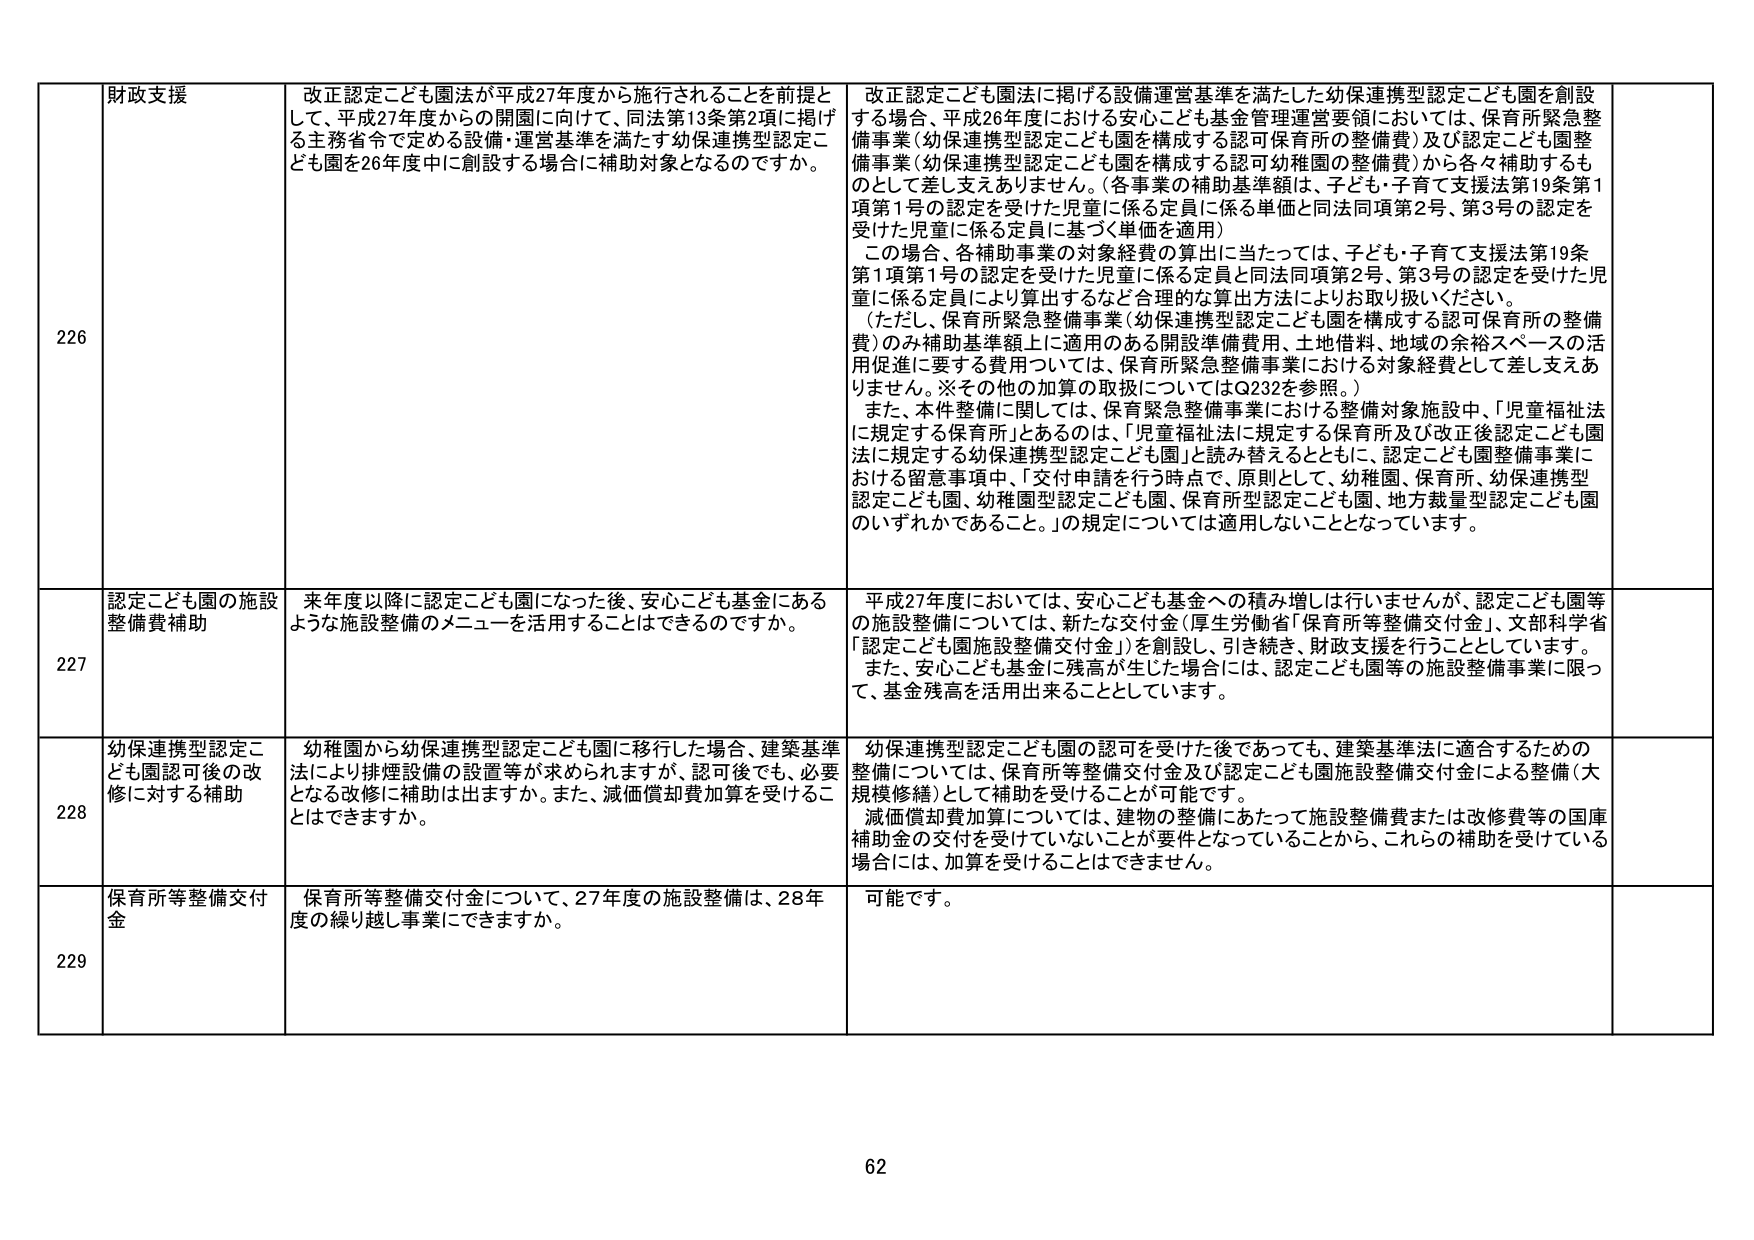
226 財政支援 改正認定こども園法が平成27年度から施行されることを前提として、平成27年度からの開園に向けて、同法第13条第2項に掲げる主務省令で定める設備・運営基準を満たす幼保連携型認定こども園を26年度中に創設する場合に補助対象となるのですか。 改正認定こども園法に掲げる設備運営基準を満たした幼保連携型認定こども園を創設する場合、平成26年度における安心こども基金管理運営要領においては、保育所緊急整備事業（幼保連携型認定こども園を構成する認可保育所の整備費）及び認定こども園整備事業（幼保連携型認定こども園を構成する認可幼稚園の整備費）から各々補助するものとして差し支えありません。（各事業の補助基準額は、子ども・子育て支援法第19条第1項第1号の認定を受けた児童に係る定員に係る単価と同法同項第2号、第3号の認定を受けた児童に係る定員に基づく単価を適用） この場合、各補助事業の対象経費の算出に当たっては、子ども・子育て支援法第19条第1項第1号の認定を受けた児童に係る定員と同法同項第2号、第3号の認定を受けた児童に係る定員により算出するなど合理的な算出方法によりお取り扱いください。 （ただし、保育所緊急整備事業（幼保連携型認定こども園を構成する認可保育所の整備費）のみ補助基準額上に適用のある開設準備費用、土地借料、地域の余裕スペースの活用促進に要する費用については、保育所緊急整備事業における対象経費として差し支えありません。※その他の加算の取扱についてはQ232を参照。） また、本件整備に関しては、保育緊急整備事業における整備対象施設中、「児童福祉法に規定する保育所」とあるのは、「児童福祉法に規定する保育所及び改正後認定こども園法に規定する幼保連携型認定こども園」と読み替えるとともに、認定こども園整備事業における留意事項中、「交付申請を行う時点で、原則として、幼稚園、保育所、幼保連携型認定こども園、幼稚園型認定こども園、保育所型認定こども園、地方裁量型認定こども園のいずれかであること。」の規定については適用しないこととなっています。

227 認定こども園の施設整備費補助 来年度以降に認定こども園になった後、安心こども基金にあるような施設整備のメニューを活用することはできるのですか。 平成27年度においては、安心こども基金への積み増しは行いませんが、認定こども園等の施設整備については、新たな交付金（厚生労働省「保育所等整備交付金」、文部科学省「認定こども園施設整備交付金」）を創設し、引き続き、財政支援を行うこととしています。 また、安心こども基金に残高が生じた場合には、認定こども園等の施設整備事業に限って、基金残高を活用出来ることとしています。

228 幼保連携型認定こども園認可後の改修に対する補助 幼稚園から幼保連携型認定こども園に移行した場合、建築基準法により排煙設備の設置等が求められますが、認可後でも、必要となる改修に補助は出ますか。また、減価償却費加算を受けることはできますか。 幼保連携型認定こども園の認可を受けた後であっても、建築基準法に適合するための整備については、保育所等整備交付金及び認定こども園施設整備交付金による整備（大規模修繕）として補助を受けることが可能です。 減価償却費加算については、建物の整備にあたって施設整備費または改修費等の国庫補助金の交付を受けていないことが要件となっていることから、これらの補助を受けている場合には、加算を受けることはできません。

229 保育所等整備交付金 保育所等整備交付金について、27年度の施設整備は、28年度の繰り越し事業にできますか。 可能です。

62